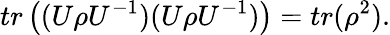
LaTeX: tr\left((U\rho U^{-1})(U\rho U^{-1})\right)=tr(\rho^{2}).